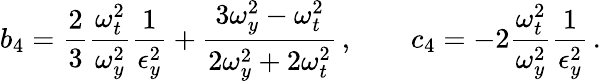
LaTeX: b_{4}=\frac{2}{3}\frac{\omega_{t}^{2}}{\omega_{y}^{2}}\frac{1}{\epsilon_{y}^{2}}+\frac{3\omega_{y}^{2}-\omega_{t}^{2}}{2\omega_{y}^{2}+2\omega_{t}^{2}}\, ,\qquad c_{4}=-2\frac{\omega_{t}^{2}}{\omega_{y}^{2}}\frac{1}{\epsilon_{y}^{2}}\, .